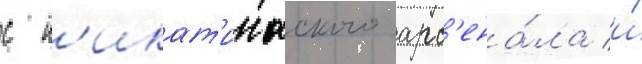
с п'икат'иннского арс'ена́ла и́